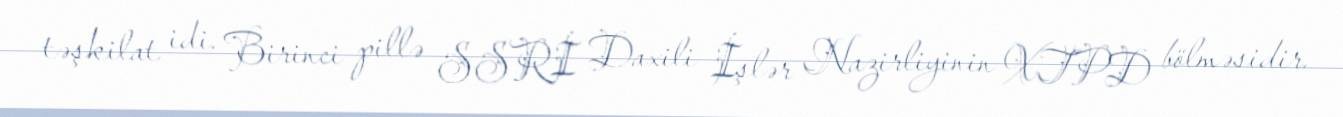
təşkilat idi. Birinci pillə SSRİ Daxili İşlər Nazirliyinin XTPD bölməsidir.